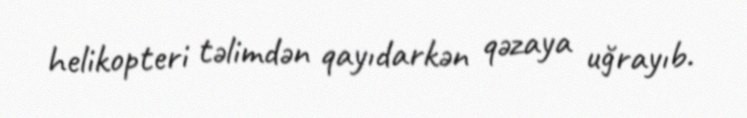
helikopteri təlimdən qayıdarkən qəzaya uğrayıb.